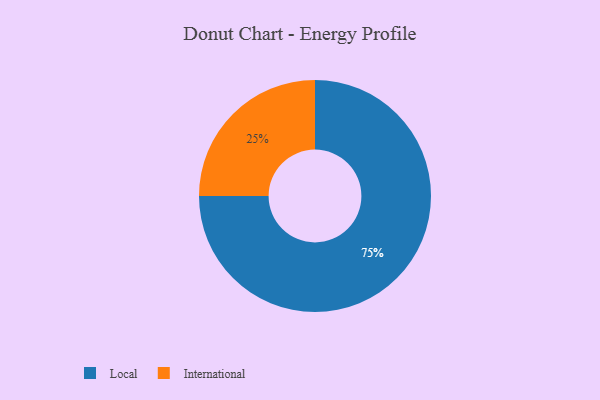
{"axis": {"x": "Category", "y": "Percentage"}, "legend": ["International", "Local"], "data": [{"x": "International", "y": 25, "type": "International"}, {"x": "Local", "y": 75, "type": "Local"}]}